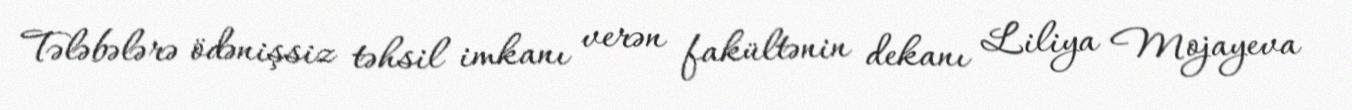
Tələbələrə ödənişsiz təhsil imkanı verən fakültənin dekanı Liliya Mojayeva